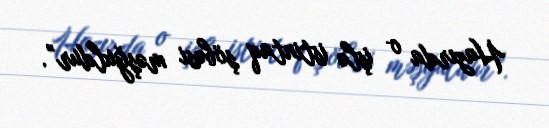
Hazırda o işlə istintaq şöbəsi məşğuldur”.